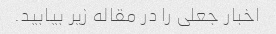
اخبار جعلی را در مقاله زیر بیابید.